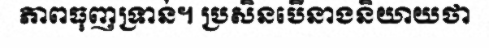
ភាពធុញទ្រាន់។ ប្រសិនបើនាងនិយាយថា